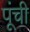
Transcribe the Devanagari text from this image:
पूंची